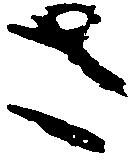
さ